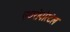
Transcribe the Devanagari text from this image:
एयरोपोस्टेल